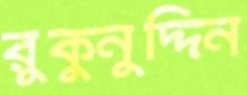
রুকুনুদ্দিন